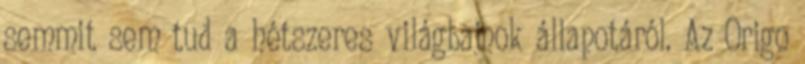
semmit sem tud a hétszeres világbajnok állapotáról. Az Origo